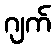
ဂျက်